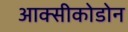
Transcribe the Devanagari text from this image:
आक्सीकोडोन